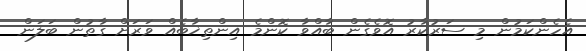
އެހެންކަމުން މި ސަރުކާރު އޮވެގެން ބާއްވާ ކޮންމެ އިންތިޚާބެއް ވަރަށް ގާތުން ބަލަން